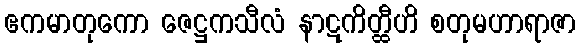
ဧကမာတုကော ဇေဋ္ဌကသီလံ နာဋကိတ္ထီဟိ စတုမဟာရာဇာ